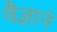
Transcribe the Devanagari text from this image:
वैज्ञानं